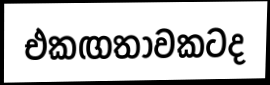
එකඟතාවකටද